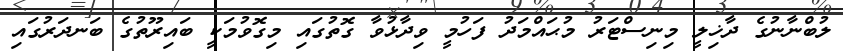
ލުބްނާނުގެ ދާޚިލީ މިނިސްޓަރު މުޙައްމަދު ފަހުމީ ވިދާޅުވާ ގޮތުގައި މިގޮވުމަކީ ބައިރޫތުގެ ބަނދަރުގައި